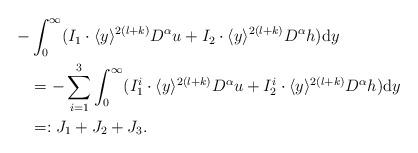
LaTeX: \begin{align*}\begin{aligned}-&\int_0^\infty(I_1\cdot \langle y\rangle^{2(l+k)}D^\alpha u+I_2\cdot \langle y\rangle^{2(l+k)}D^\alpha h)\mathrm{d}y\\&=-\sum_{i=1}^3 \int_0^\infty (I_1^i\cdot \langle y\rangle^{2(l+k)}D^\alpha u+I^i_2\cdot \langle y\rangle^{2(l+k)}D^\alpha h)\mathrm{d}y\\&=:J_1+J_2+J_3.\end{aligned}\end{align*}